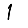
Digit: 1